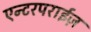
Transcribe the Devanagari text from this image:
एन्टरपराईज़